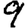
Digit: 9